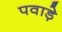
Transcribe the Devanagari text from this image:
पवाड़े